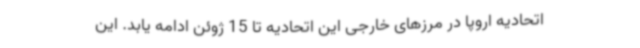
اتحادیه اروپا در مرزهای خارجی این اتحادیه تا 15 ژوئن ادامه یابد. این